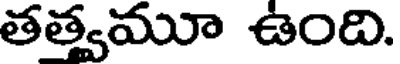
తత్వమూ ఉంది.